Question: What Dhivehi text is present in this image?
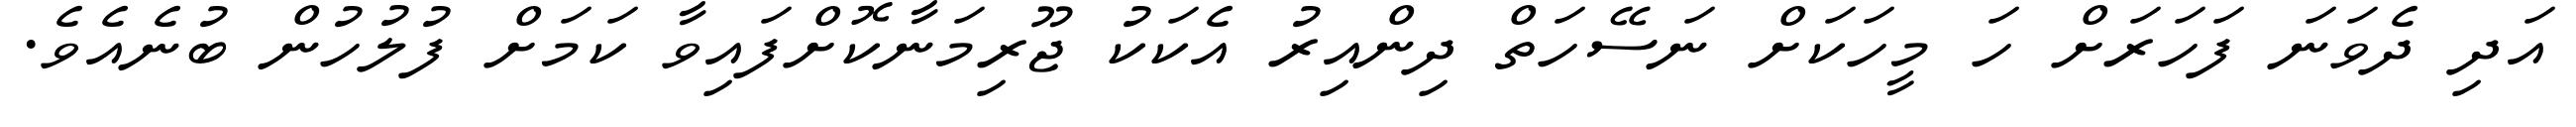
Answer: އަދި ދެވަނަ ފަހަރަށް ހަ މީހަކަށް ނަސޭހަތް ދިންއިރު އެކަކު ޖޫރިމަނާކޮށްފައިވާ ކަމަށް ފުލުހުން ބުނެއެވެ.